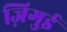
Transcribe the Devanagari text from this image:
ज़िगुई